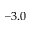
- 3 . 0